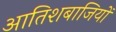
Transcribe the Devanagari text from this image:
आतिशबाजियों